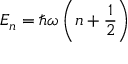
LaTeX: E _ { n } = \hbar \omega \left( n + { \frac { 1 } { 2 } } \right)